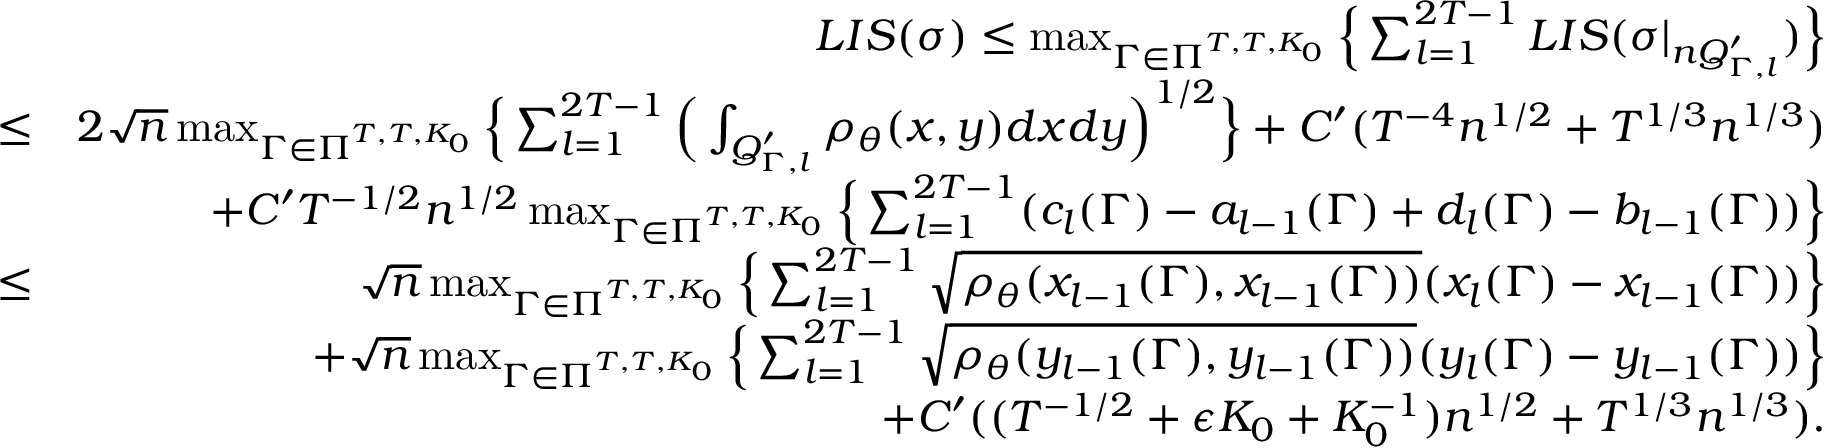
\begin{array} { r l r } & { } & { L I S ( \sigma ) \leq \operatorname* { m a x } _ { \Gamma \in \Pi ^ { T , T , K _ { 0 } } } \Big \{ \sum _ { l = 1 } ^ { 2 T - 1 } L I S ( \sigma | _ { n Q _ { \Gamma , l } ^ { \prime } } ) \Big \} } \\ & { \leq } & { 2 \sqrt { n } \operatorname* { m a x } _ { \Gamma \in \Pi ^ { T , T , K _ { 0 } } } \Big \{ \sum _ { l = 1 } ^ { 2 T - 1 } \Big ( \int _ { Q _ { \Gamma , l } ^ { \prime } } \rho _ { \theta } ( x , y ) d x d y \Big ) ^ { 1 \slash 2 } \Big \} + C ^ { \prime } ( T ^ { - 4 } n ^ { 1 \slash 2 } + T ^ { 1 \slash 3 } n ^ { 1 \slash 3 } ) } \\ & { } & { + C ^ { \prime } T ^ { - 1 \slash 2 } n ^ { 1 \slash 2 } \operatorname* { m a x } _ { \Gamma \in \Pi ^ { T , T , K _ { 0 } } } \Big \{ \sum _ { l = 1 } ^ { 2 T - 1 } ( c _ { l } ( \Gamma ) - a _ { l - 1 } ( \Gamma ) + d _ { l } ( \Gamma ) - b _ { l - 1 } ( \Gamma ) ) \Big \} } \\ & { \leq } & { \sqrt { n } \operatorname* { m a x } _ { \Gamma \in \Pi ^ { T , T , K _ { 0 } } } \Big \{ \sum _ { l = 1 } ^ { 2 T - 1 } \sqrt { \rho _ { \theta } ( x _ { l - 1 } ( \Gamma ) , x _ { l - 1 } ( \Gamma ) ) } ( x _ { l } ( \Gamma ) - x _ { l - 1 } ( \Gamma ) ) \Big \} } \\ & { } & { + \sqrt { n } \operatorname* { m a x } _ { \Gamma \in \Pi ^ { T , T , K _ { 0 } } } \Big \{ \sum _ { l = 1 } ^ { 2 T - 1 } \sqrt { \rho _ { \theta } ( y _ { l - 1 } ( \Gamma ) , y _ { l - 1 } ( \Gamma ) ) } ( y _ { l } ( \Gamma ) - y _ { l - 1 } ( \Gamma ) ) \Big \} } \\ & { } & { + C ^ { \prime } ( ( T ^ { - 1 \slash 2 } + \epsilon K _ { 0 } + K _ { 0 } ^ { - 1 } ) n ^ { 1 \slash 2 } + T ^ { 1 \slash 3 } n ^ { 1 \slash 3 } ) . } \end{array}